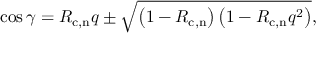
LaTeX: \cos \gamma = R _ { \mathrm { c , n } } q \pm \sqrt { \left( 1 - R _ { \mathrm { c , n } } \right) \left( 1 - R _ { \mathrm { c , n } } q ^ { 2 } \right) } ,